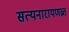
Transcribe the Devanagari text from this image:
सत्यनारायणव्रत